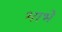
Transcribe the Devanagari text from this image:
भाभे